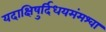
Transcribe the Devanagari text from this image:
यदाक्षिषुर्दिधयमंमश्वा